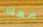
معك